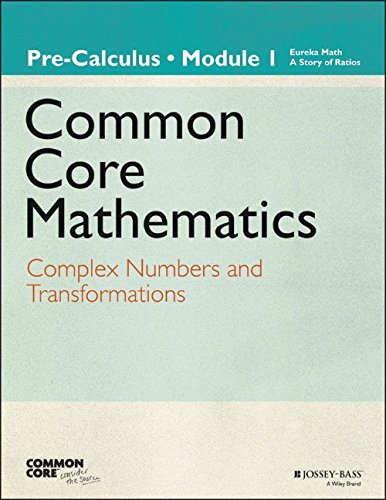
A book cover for Eureka Math, A Story of Functions: Pre-Calculus, Module 1: Complex Numbers and Transformations; Common Core; Science & Math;